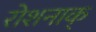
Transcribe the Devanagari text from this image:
रोशनाक्‌